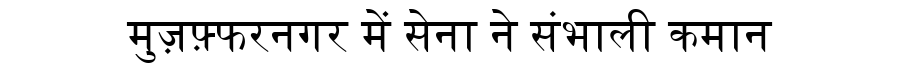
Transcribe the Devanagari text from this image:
मुज़फ़्फरनगर में सेना ने संभाली कमान